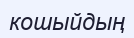
кошыйдың